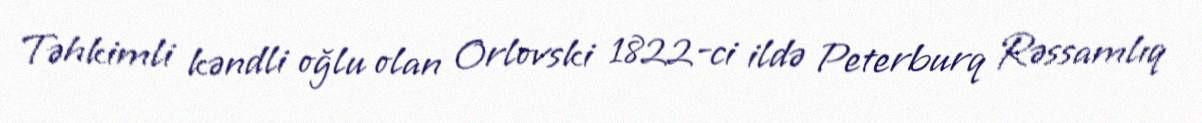
Təhkimli kəndli oğlu olan Orlovski 1822-ci ildə Peterburq Rəssamlıq